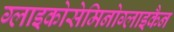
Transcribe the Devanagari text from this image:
ग्लाइकोसेमिनोग्लाइकैन